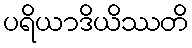
ပရိယာဒိယိဿတိ